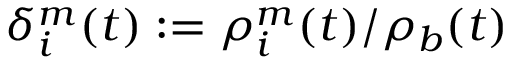
\delta _ { i } ^ { m } ( t ) : = \rho _ { i } ^ { m } ( t ) / \rho _ { b } ( t )